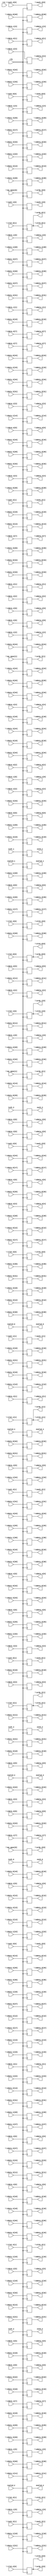
/* Generated by Yosys 0.41+24 (git sha1 165791769, g++ 9.4.0-1ubuntu1~20.04.2 -fPIC -Os) */

module router_bench(\idata_0[0] , \idata_0[1] , \idata_0[2] , \idata_0[3] , \idata_0[4] , \idata_0[5] , \idata_0[6] , \idata_0[7] , \idata_0[8] , \idata_0[9] , \idata_0[10] , \idata_0[11] , \idata_0[12] , \idata_0[13] , \idata_0[14] , \idata_0[15] , \idata_0[16] , \idata_0[17] , \idata_0[18] , \idata_0[19] , \idata_0[20] 
, \idata_0[21] , \idata_0[22] , \idata_0[23] , \idata_0[24] , \idata_0[25] , \idata_0[26] , \idata_0[27] , \idata_0[28] , \idata_0[29] , \idata_0[30] , \idata_0[31] , \idata_0[32] , \idata_0[33] , \idata_0[34] , ivalid_0, ivch_0, \idata_1[0] , \idata_1[1] , \idata_1[2] , \idata_1[3] , \idata_1[4] 
, \idata_1[5] , \idata_1[6] , \idata_1[7] , \idata_1[8] , \idata_1[9] , \idata_1[10] , \idata_1[11] , \idata_1[12] , \idata_1[13] , \idata_1[14] , \idata_1[15] , \idata_1[16] , \idata_1[17] , \idata_1[18] , \idata_1[19] , \idata_1[20] , \idata_1[21] , \idata_1[22] , \idata_1[23] , \idata_1[24] , \idata_1[25] 
, \idata_1[26] , \idata_1[27] , \idata_1[28] , \idata_1[29] , \idata_1[30] , \idata_1[31] , \idata_1[32] , \idata_1[33] , \idata_1[34] , ivalid_1, ivch_1, \idata_2[0] , \idata_2[1] , \idata_2[2] , \idata_2[3] , \idata_2[4] , \idata_2[5] , \idata_2[6] , \idata_2[7] , \idata_2[8] , \idata_2[9] 
, \idata_2[10] , \idata_2[11] , \idata_2[12] , \idata_2[13] , \idata_2[14] , \idata_2[15] , \idata_2[16] , \idata_2[17] , \idata_2[18] , \idata_2[19] , \idata_2[20] , \idata_2[21] , \idata_2[22] , \idata_2[23] , \idata_2[24] , \idata_2[25] , \idata_2[26] , \idata_2[27] , \idata_2[28] , \idata_2[29] , \idata_2[30] 
, \idata_2[31] , \idata_2[32] , \idata_2[33] , \idata_2[34] , ivalid_2, ivch_2, \idata_3[0] , \idata_3[1] , \idata_3[2] , \idata_3[3] , \idata_3[4] , \idata_3[5] , \idata_3[6] , \idata_3[7] , \idata_3[8] , \idata_3[9] , \idata_3[10] , \idata_3[11] , \idata_3[12] , \idata_3[13] , \idata_3[14] 
, \idata_3[15] , \idata_3[16] , \idata_3[17] , \idata_3[18] , \idata_3[19] , \idata_3[20] , \idata_3[21] , \idata_3[22] , \idata_3[23] , \idata_3[24] , \idata_3[25] , \idata_3[26] , \idata_3[27] , \idata_3[28] , \idata_3[29] , \idata_3[30] , \idata_3[31] , \idata_3[32] , \idata_3[33] , \idata_3[34] , ivalid_3
, ivch_3, \idata_4[0] , \idata_4[1] , \idata_4[2] , \idata_4[3] , \idata_4[4] , \idata_4[5] , \idata_4[6] , \idata_4[7] , \idata_4[8] , \idata_4[9] , \idata_4[10] , \idata_4[11] , \idata_4[12] , \idata_4[13] , \idata_4[14] , \idata_4[15] , \idata_4[16] , \idata_4[17] , \idata_4[18] , \idata_4[19] 
, \idata_4[20] , \idata_4[21] , \idata_4[22] , \idata_4[23] , \idata_4[24] , \idata_4[25] , \idata_4[26] , \idata_4[27] , \idata_4[28] , \idata_4[29] , \idata_4[30] , \idata_4[31] , \idata_4[32] , \idata_4[33] , \idata_4[34] , ivalid_4, ivch_4, \iack_0[0] , \iack_0[1] , \ilck_0[0] , \ilck_0[1] 
, \iack_1[0] , \iack_1[1] , \ilck_1[0] , \ilck_1[1] , \iack_2[0] , \iack_2[1] , \ilck_2[0] , \ilck_2[1] , \iack_3[0] , \iack_3[1] , \ilck_3[0] , \ilck_3[1] , \iack_4[0] , \iack_4[1] , \ilck_4[0] , \ilck_4[1] , \my_xpos[0] , \my_xpos[1] , \my_ypos[0] , \my_ypos[1] , clk
, rst_, \oack_0[0] , \oack_0[1] , \ordy_0[0] , \ordy_0[1] , \olck_0[0] , \olck_0[1] , \oack_1[0] , \oack_1[1] , \ordy_1[0] , \ordy_1[1] , \olck_1[0] , \olck_1[1] , \oack_2[0] , \oack_2[1] , \ordy_2[0] , \ordy_2[1] , \olck_2[0] , \olck_2[1] , \oack_3[0] , \oack_3[1] 
, \ordy_3[0] , \ordy_3[1] , \olck_3[0] , \olck_3[1] , \oack_4[0] , \oack_4[1] , \ordy_4[0] , \ordy_4[1] , \olck_4[0] , \olck_4[1] , \odata_0[0] , \odata_0[1] , \odata_0[2] , \odata_0[3] , \odata_0[4] , \odata_0[5] , \odata_0[6] , \odata_0[7] , \odata_0[8] , \odata_0[9] , \odata_0[10] 
, \odata_0[11] , \odata_0[12] , \odata_0[13] , \odata_0[14] , \odata_0[15] , \odata_0[16] , \odata_0[17] , \odata_0[18] , \odata_0[19] , \odata_0[20] , \odata_0[21] , \odata_0[22] , \odata_0[23] , \odata_0[24] , \odata_0[25] , \odata_0[26] , \odata_0[27] , \odata_0[28] , \odata_0[29] , \odata_0[30] , \odata_0[31] 
, \odata_0[32] , \odata_0[33] , \odata_0[34] , ovalid_0, ovch_0, \odata_1[0] , \odata_1[1] , \odata_1[2] , \odata_1[3] , \odata_1[4] , \odata_1[5] , \odata_1[6] , \odata_1[7] , \odata_1[8] , \odata_1[9] , \odata_1[10] , \odata_1[11] , \odata_1[12] , \odata_1[13] , \odata_1[14] , \odata_1[15] 
, \odata_1[16] , \odata_1[17] , \odata_1[18] , \odata_1[19] , \odata_1[20] , \odata_1[21] , \odata_1[22] , \odata_1[23] , \odata_1[24] , \odata_1[25] , \odata_1[26] , \odata_1[27] , \odata_1[28] , \odata_1[29] , \odata_1[30] , \odata_1[31] , \odata_1[32] , \odata_1[33] , \odata_1[34] , ovalid_1, ovch_1
, \odata_2[0] , \odata_2[1] , \odata_2[2] , \odata_2[3] , \odata_2[4] , \odata_2[5] , \odata_2[6] , \odata_2[7] , \odata_2[8] , \odata_2[9] , \odata_2[10] , \odata_2[11] , \odata_2[12] , \odata_2[13] , \odata_2[14] , \odata_2[15] , \odata_2[16] , \odata_2[17] , \odata_2[18] , \odata_2[19] , \odata_2[20] 
, \odata_2[21] , \odata_2[22] , \odata_2[23] , \odata_2[24] , \odata_2[25] , \odata_2[26] , \odata_2[27] , \odata_2[28] , \odata_2[29] , \odata_2[30] , \odata_2[31] , \odata_2[32] , \odata_2[33] , \odata_2[34] , ovalid_2, ovch_2, \odata_3[0] , \odata_3[1] , \odata_3[2] , \odata_3[3] , \odata_3[4] 
, \odata_3[5] , \odata_3[6] , \odata_3[7] , \odata_3[8] , \odata_3[9] , \odata_3[10] , \odata_3[11] , \odata_3[12] , \odata_3[13] , \odata_3[14] , \odata_3[15] , \odata_3[16] , \odata_3[17] , \odata_3[18] , \odata_3[19] , \odata_3[20] , \odata_3[21] , \odata_3[22] , \odata_3[23] , \odata_3[24] , \odata_3[25] 
, \odata_3[26] , \odata_3[27] , \odata_3[28] , \odata_3[29] , \odata_3[30] , \odata_3[31] , \odata_3[32] , \odata_3[33] , \odata_3[34] , ovalid_3, ovch_3, \odata_4[0] , \odata_4[1] , \odata_4[2] , \odata_4[3] , \odata_4[4] , \odata_4[5] , \odata_4[6] , \odata_4[7] , \odata_4[8] , \odata_4[9] 
, \odata_4[10] , \odata_4[11] , \odata_4[12] , \odata_4[13] , \odata_4[14] , \odata_4[15] , \odata_4[16] , \odata_4[17] , \odata_4[18] , \odata_4[19] , \odata_4[20] , \odata_4[21] , \odata_4[22] , \odata_4[23] , \odata_4[24] , \odata_4[25] , \odata_4[26] , \odata_4[27] , \odata_4[28] , \odata_4[29] , \odata_4[30] 
, \odata_4[31] , \odata_4[32] , \odata_4[33] , \odata_4[34] , ovalid_4, ovch_4);
  wire _000_;
  wire _001_;
  wire _002_;
  input clk;
  wire clk;
  input \iack_0[0] ;
  wire \iack_0[0] ;
  input \iack_0[1] ;
  wire \iack_0[1] ;
  input \iack_1[0] ;
  wire \iack_1[0] ;
  input \iack_1[1] ;
  wire \iack_1[1] ;
  input \iack_2[0] ;
  wire \iack_2[0] ;
  input \iack_2[1] ;
  wire \iack_2[1] ;
  input \iack_3[0] ;
  wire \iack_3[0] ;
  input \iack_3[1] ;
  wire \iack_3[1] ;
  input \iack_4[0] ;
  wire \iack_4[0] ;
  input \iack_4[1] ;
  wire \iack_4[1] ;
  input \idata_0[0] ;
  wire \idata_0[0] ;
  input \idata_0[10] ;
  wire \idata_0[10] ;
  input \idata_0[11] ;
  wire \idata_0[11] ;
  input \idata_0[12] ;
  wire \idata_0[12] ;
  input \idata_0[13] ;
  wire \idata_0[13] ;
  input \idata_0[14] ;
  wire \idata_0[14] ;
  input \idata_0[15] ;
  wire \idata_0[15] ;
  input \idata_0[16] ;
  wire \idata_0[16] ;
  input \idata_0[17] ;
  wire \idata_0[17] ;
  input \idata_0[18] ;
  wire \idata_0[18] ;
  input \idata_0[19] ;
  wire \idata_0[19] ;
  input \idata_0[1] ;
  wire \idata_0[1] ;
  input \idata_0[20] ;
  wire \idata_0[20] ;
  input \idata_0[21] ;
  wire \idata_0[21] ;
  input \idata_0[22] ;
  wire \idata_0[22] ;
  input \idata_0[23] ;
  wire \idata_0[23] ;
  input \idata_0[24] ;
  wire \idata_0[24] ;
  input \idata_0[25] ;
  wire \idata_0[25] ;
  input \idata_0[26] ;
  wire \idata_0[26] ;
  input \idata_0[27] ;
  wire \idata_0[27] ;
  input \idata_0[28] ;
  wire \idata_0[28] ;
  input \idata_0[29] ;
  wire \idata_0[29] ;
  input \idata_0[2] ;
  wire \idata_0[2] ;
  input \idata_0[30] ;
  wire \idata_0[30] ;
  input \idata_0[31] ;
  wire \idata_0[31] ;
  input \idata_0[32] ;
  wire \idata_0[32] ;
  input \idata_0[33] ;
  wire \idata_0[33] ;
  input \idata_0[34] ;
  wire \idata_0[34] ;
  input \idata_0[3] ;
  wire \idata_0[3] ;
  input \idata_0[4] ;
  wire \idata_0[4] ;
  input \idata_0[5] ;
  wire \idata_0[5] ;
  input \idata_0[6] ;
  wire \idata_0[6] ;
  input \idata_0[7] ;
  wire \idata_0[7] ;
  input \idata_0[8] ;
  wire \idata_0[8] ;
  input \idata_0[9] ;
  wire \idata_0[9] ;
  input \idata_1[0] ;
  wire \idata_1[0] ;
  input \idata_1[10] ;
  wire \idata_1[10] ;
  input \idata_1[11] ;
  wire \idata_1[11] ;
  input \idata_1[12] ;
  wire \idata_1[12] ;
  input \idata_1[13] ;
  wire \idata_1[13] ;
  input \idata_1[14] ;
  wire \idata_1[14] ;
  input \idata_1[15] ;
  wire \idata_1[15] ;
  input \idata_1[16] ;
  wire \idata_1[16] ;
  input \idata_1[17] ;
  wire \idata_1[17] ;
  input \idata_1[18] ;
  wire \idata_1[18] ;
  input \idata_1[19] ;
  wire \idata_1[19] ;
  input \idata_1[1] ;
  wire \idata_1[1] ;
  input \idata_1[20] ;
  wire \idata_1[20] ;
  input \idata_1[21] ;
  wire \idata_1[21] ;
  input \idata_1[22] ;
  wire \idata_1[22] ;
  input \idata_1[23] ;
  wire \idata_1[23] ;
  input \idata_1[24] ;
  wire \idata_1[24] ;
  input \idata_1[25] ;
  wire \idata_1[25] ;
  input \idata_1[26] ;
  wire \idata_1[26] ;
  input \idata_1[27] ;
  wire \idata_1[27] ;
  input \idata_1[28] ;
  wire \idata_1[28] ;
  input \idata_1[29] ;
  wire \idata_1[29] ;
  input \idata_1[2] ;
  wire \idata_1[2] ;
  input \idata_1[30] ;
  wire \idata_1[30] ;
  input \idata_1[31] ;
  wire \idata_1[31] ;
  input \idata_1[32] ;
  wire \idata_1[32] ;
  input \idata_1[33] ;
  wire \idata_1[33] ;
  input \idata_1[34] ;
  wire \idata_1[34] ;
  input \idata_1[3] ;
  wire \idata_1[3] ;
  input \idata_1[4] ;
  wire \idata_1[4] ;
  input \idata_1[5] ;
  wire \idata_1[5] ;
  input \idata_1[6] ;
  wire \idata_1[6] ;
  input \idata_1[7] ;
  wire \idata_1[7] ;
  input \idata_1[8] ;
  wire \idata_1[8] ;
  input \idata_1[9] ;
  wire \idata_1[9] ;
  input \idata_2[0] ;
  wire \idata_2[0] ;
  input \idata_2[10] ;
  wire \idata_2[10] ;
  input \idata_2[11] ;
  wire \idata_2[11] ;
  input \idata_2[12] ;
  wire \idata_2[12] ;
  input \idata_2[13] ;
  wire \idata_2[13] ;
  input \idata_2[14] ;
  wire \idata_2[14] ;
  input \idata_2[15] ;
  wire \idata_2[15] ;
  input \idata_2[16] ;
  wire \idata_2[16] ;
  input \idata_2[17] ;
  wire \idata_2[17] ;
  input \idata_2[18] ;
  wire \idata_2[18] ;
  input \idata_2[19] ;
  wire \idata_2[19] ;
  input \idata_2[1] ;
  wire \idata_2[1] ;
  input \idata_2[20] ;
  wire \idata_2[20] ;
  input \idata_2[21] ;
  wire \idata_2[21] ;
  input \idata_2[22] ;
  wire \idata_2[22] ;
  input \idata_2[23] ;
  wire \idata_2[23] ;
  input \idata_2[24] ;
  wire \idata_2[24] ;
  input \idata_2[25] ;
  wire \idata_2[25] ;
  input \idata_2[26] ;
  wire \idata_2[26] ;
  input \idata_2[27] ;
  wire \idata_2[27] ;
  input \idata_2[28] ;
  wire \idata_2[28] ;
  input \idata_2[29] ;
  wire \idata_2[29] ;
  input \idata_2[2] ;
  wire \idata_2[2] ;
  input \idata_2[30] ;
  wire \idata_2[30] ;
  input \idata_2[31] ;
  wire \idata_2[31] ;
  input \idata_2[32] ;
  wire \idata_2[32] ;
  input \idata_2[33] ;
  wire \idata_2[33] ;
  input \idata_2[34] ;
  wire \idata_2[34] ;
  input \idata_2[3] ;
  wire \idata_2[3] ;
  input \idata_2[4] ;
  wire \idata_2[4] ;
  input \idata_2[5] ;
  wire \idata_2[5] ;
  input \idata_2[6] ;
  wire \idata_2[6] ;
  input \idata_2[7] ;
  wire \idata_2[7] ;
  input \idata_2[8] ;
  wire \idata_2[8] ;
  input \idata_2[9] ;
  wire \idata_2[9] ;
  input \idata_3[0] ;
  wire \idata_3[0] ;
  input \idata_3[10] ;
  wire \idata_3[10] ;
  input \idata_3[11] ;
  wire \idata_3[11] ;
  input \idata_3[12] ;
  wire \idata_3[12] ;
  input \idata_3[13] ;
  wire \idata_3[13] ;
  input \idata_3[14] ;
  wire \idata_3[14] ;
  input \idata_3[15] ;
  wire \idata_3[15] ;
  input \idata_3[16] ;
  wire \idata_3[16] ;
  input \idata_3[17] ;
  wire \idata_3[17] ;
  input \idata_3[18] ;
  wire \idata_3[18] ;
  input \idata_3[19] ;
  wire \idata_3[19] ;
  input \idata_3[1] ;
  wire \idata_3[1] ;
  input \idata_3[20] ;
  wire \idata_3[20] ;
  input \idata_3[21] ;
  wire \idata_3[21] ;
  input \idata_3[22] ;
  wire \idata_3[22] ;
  input \idata_3[23] ;
  wire \idata_3[23] ;
  input \idata_3[24] ;
  wire \idata_3[24] ;
  input \idata_3[25] ;
  wire \idata_3[25] ;
  input \idata_3[26] ;
  wire \idata_3[26] ;
  input \idata_3[27] ;
  wire \idata_3[27] ;
  input \idata_3[28] ;
  wire \idata_3[28] ;
  input \idata_3[29] ;
  wire \idata_3[29] ;
  input \idata_3[2] ;
  wire \idata_3[2] ;
  input \idata_3[30] ;
  wire \idata_3[30] ;
  input \idata_3[31] ;
  wire \idata_3[31] ;
  input \idata_3[32] ;
  wire \idata_3[32] ;
  input \idata_3[33] ;
  wire \idata_3[33] ;
  input \idata_3[34] ;
  wire \idata_3[34] ;
  input \idata_3[3] ;
  wire \idata_3[3] ;
  input \idata_3[4] ;
  wire \idata_3[4] ;
  input \idata_3[5] ;
  wire \idata_3[5] ;
  input \idata_3[6] ;
  wire \idata_3[6] ;
  input \idata_3[7] ;
  wire \idata_3[7] ;
  input \idata_3[8] ;
  wire \idata_3[8] ;
  input \idata_3[9] ;
  wire \idata_3[9] ;
  input \idata_4[0] ;
  wire \idata_4[0] ;
  input \idata_4[10] ;
  wire \idata_4[10] ;
  input \idata_4[11] ;
  wire \idata_4[11] ;
  input \idata_4[12] ;
  wire \idata_4[12] ;
  input \idata_4[13] ;
  wire \idata_4[13] ;
  input \idata_4[14] ;
  wire \idata_4[14] ;
  input \idata_4[15] ;
  wire \idata_4[15] ;
  input \idata_4[16] ;
  wire \idata_4[16] ;
  input \idata_4[17] ;
  wire \idata_4[17] ;
  input \idata_4[18] ;
  wire \idata_4[18] ;
  input \idata_4[19] ;
  wire \idata_4[19] ;
  input \idata_4[1] ;
  wire \idata_4[1] ;
  input \idata_4[20] ;
  wire \idata_4[20] ;
  input \idata_4[21] ;
  wire \idata_4[21] ;
  input \idata_4[22] ;
  wire \idata_4[22] ;
  input \idata_4[23] ;
  wire \idata_4[23] ;
  input \idata_4[24] ;
  wire \idata_4[24] ;
  input \idata_4[25] ;
  wire \idata_4[25] ;
  input \idata_4[26] ;
  wire \idata_4[26] ;
  input \idata_4[27] ;
  wire \idata_4[27] ;
  input \idata_4[28] ;
  wire \idata_4[28] ;
  input \idata_4[29] ;
  wire \idata_4[29] ;
  input \idata_4[2] ;
  wire \idata_4[2] ;
  input \idata_4[30] ;
  wire \idata_4[30] ;
  input \idata_4[31] ;
  wire \idata_4[31] ;
  input \idata_4[32] ;
  wire \idata_4[32] ;
  input \idata_4[33] ;
  wire \idata_4[33] ;
  input \idata_4[34] ;
  wire \idata_4[34] ;
  input \idata_4[3] ;
  wire \idata_4[3] ;
  input \idata_4[4] ;
  wire \idata_4[4] ;
  input \idata_4[5] ;
  wire \idata_4[5] ;
  input \idata_4[6] ;
  wire \idata_4[6] ;
  input \idata_4[7] ;
  wire \idata_4[7] ;
  input \idata_4[8] ;
  wire \idata_4[8] ;
  input \idata_4[9] ;
  wire \idata_4[9] ;
  input \ilck_0[0] ;
  wire \ilck_0[0] ;
  input \ilck_0[1] ;
  wire \ilck_0[1] ;
  input \ilck_1[0] ;
  wire \ilck_1[0] ;
  input \ilck_1[1] ;
  wire \ilck_1[1] ;
  input \ilck_2[0] ;
  wire \ilck_2[0] ;
  input \ilck_2[1] ;
  wire \ilck_2[1] ;
  input \ilck_3[0] ;
  wire \ilck_3[0] ;
  input \ilck_3[1] ;
  wire \ilck_3[1] ;
  input \ilck_4[0] ;
  wire \ilck_4[0] ;
  input \ilck_4[1] ;
  wire \ilck_4[1] ;
  input ivalid_0;
  wire ivalid_0;
  input ivalid_1;
  wire ivalid_1;
  input ivalid_2;
  wire ivalid_2;
  input ivalid_3;
  wire ivalid_3;
  input ivalid_4;
  wire ivalid_4;
  input ivch_0;
  wire ivch_0;
  input ivch_1;
  wire ivch_1;
  input ivch_2;
  wire ivch_2;
  input ivch_3;
  wire ivch_3;
  input ivch_4;
  wire ivch_4;
  input \my_xpos[0] ;
  wire \my_xpos[0] ;
  input \my_xpos[1] ;
  wire \my_xpos[1] ;
  input \my_ypos[0] ;
  wire \my_ypos[0] ;
  input \my_ypos[1] ;
  wire \my_ypos[1] ;
  output \oack_0[0] ;
  reg \oack_0[0] ;
  output \oack_0[1] ;
  reg \oack_0[1] ;
  output \oack_1[0] ;
  reg \oack_1[0] ;
  output \oack_1[1] ;
  reg \oack_1[1] ;
  output \oack_2[0] ;
  reg \oack_2[0] ;
  output \oack_2[1] ;
  reg \oack_2[1] ;
  output \oack_3[0] ;
  reg \oack_3[0] ;
  output \oack_3[1] ;
  reg \oack_3[1] ;
  output \oack_4[0] ;
  reg \oack_4[0] ;
  output \oack_4[1] ;
  reg \oack_4[1] ;
  output \odata_0[0] ;
  reg \odata_0[0] ;
  output \odata_0[10] ;
  reg \odata_0[10] ;
  output \odata_0[11] ;
  reg \odata_0[11] ;
  output \odata_0[12] ;
  reg \odata_0[12] ;
  output \odata_0[13] ;
  reg \odata_0[13] ;
  output \odata_0[14] ;
  reg \odata_0[14] ;
  output \odata_0[15] ;
  reg \odata_0[15] ;
  output \odata_0[16] ;
  reg \odata_0[16] ;
  output \odata_0[17] ;
  reg \odata_0[17] ;
  output \odata_0[18] ;
  reg \odata_0[18] ;
  output \odata_0[19] ;
  reg \odata_0[19] ;
  output \odata_0[1] ;
  reg \odata_0[1] ;
  output \odata_0[20] ;
  reg \odata_0[20] ;
  output \odata_0[21] ;
  reg \odata_0[21] ;
  output \odata_0[22] ;
  reg \odata_0[22] ;
  output \odata_0[23] ;
  reg \odata_0[23] ;
  output \odata_0[24] ;
  reg \odata_0[24] ;
  output \odata_0[25] ;
  reg \odata_0[25] ;
  output \odata_0[26] ;
  reg \odata_0[26] ;
  output \odata_0[27] ;
  reg \odata_0[27] ;
  output \odata_0[28] ;
  reg \odata_0[28] ;
  output \odata_0[29] ;
  reg \odata_0[29] ;
  output \odata_0[2] ;
  reg \odata_0[2] ;
  output \odata_0[30] ;
  reg \odata_0[30] ;
  output \odata_0[31] ;
  reg \odata_0[31] ;
  output \odata_0[32] ;
  reg \odata_0[32] ;
  output \odata_0[33] ;
  reg \odata_0[33] ;
  output \odata_0[34] ;
  reg \odata_0[34] ;
  output \odata_0[3] ;
  reg \odata_0[3] ;
  output \odata_0[4] ;
  reg \odata_0[4] ;
  output \odata_0[5] ;
  reg \odata_0[5] ;
  output \odata_0[6] ;
  reg \odata_0[6] ;
  output \odata_0[7] ;
  reg \odata_0[7] ;
  output \odata_0[8] ;
  reg \odata_0[8] ;
  output \odata_0[9] ;
  reg \odata_0[9] ;
  output \odata_1[0] ;
  reg \odata_1[0] ;
  output \odata_1[10] ;
  reg \odata_1[10] ;
  output \odata_1[11] ;
  reg \odata_1[11] ;
  output \odata_1[12] ;
  reg \odata_1[12] ;
  output \odata_1[13] ;
  reg \odata_1[13] ;
  output \odata_1[14] ;
  reg \odata_1[14] ;
  output \odata_1[15] ;
  reg \odata_1[15] ;
  output \odata_1[16] ;
  reg \odata_1[16] ;
  output \odata_1[17] ;
  reg \odata_1[17] ;
  output \odata_1[18] ;
  reg \odata_1[18] ;
  output \odata_1[19] ;
  reg \odata_1[19] ;
  output \odata_1[1] ;
  reg \odata_1[1] ;
  output \odata_1[20] ;
  reg \odata_1[20] ;
  output \odata_1[21] ;
  reg \odata_1[21] ;
  output \odata_1[22] ;
  reg \odata_1[22] ;
  output \odata_1[23] ;
  reg \odata_1[23] ;
  output \odata_1[24] ;
  reg \odata_1[24] ;
  output \odata_1[25] ;
  reg \odata_1[25] ;
  output \odata_1[26] ;
  reg \odata_1[26] ;
  output \odata_1[27] ;
  reg \odata_1[27] ;
  output \odata_1[28] ;
  reg \odata_1[28] ;
  output \odata_1[29] ;
  reg \odata_1[29] ;
  output \odata_1[2] ;
  reg \odata_1[2] ;
  output \odata_1[30] ;
  reg \odata_1[30] ;
  output \odata_1[31] ;
  reg \odata_1[31] ;
  output \odata_1[32] ;
  reg \odata_1[32] ;
  output \odata_1[33] ;
  reg \odata_1[33] ;
  output \odata_1[34] ;
  reg \odata_1[34] ;
  output \odata_1[3] ;
  reg \odata_1[3] ;
  output \odata_1[4] ;
  reg \odata_1[4] ;
  output \odata_1[5] ;
  reg \odata_1[5] ;
  output \odata_1[6] ;
  reg \odata_1[6] ;
  output \odata_1[7] ;
  reg \odata_1[7] ;
  output \odata_1[8] ;
  reg \odata_1[8] ;
  output \odata_1[9] ;
  reg \odata_1[9] ;
  output \odata_2[0] ;
  reg \odata_2[0] ;
  output \odata_2[10] ;
  reg \odata_2[10] ;
  output \odata_2[11] ;
  reg \odata_2[11] ;
  output \odata_2[12] ;
  reg \odata_2[12] ;
  output \odata_2[13] ;
  reg \odata_2[13] ;
  output \odata_2[14] ;
  reg \odata_2[14] ;
  output \odata_2[15] ;
  reg \odata_2[15] ;
  output \odata_2[16] ;
  reg \odata_2[16] ;
  output \odata_2[17] ;
  reg \odata_2[17] ;
  output \odata_2[18] ;
  reg \odata_2[18] ;
  output \odata_2[19] ;
  reg \odata_2[19] ;
  output \odata_2[1] ;
  reg \odata_2[1] ;
  output \odata_2[20] ;
  reg \odata_2[20] ;
  output \odata_2[21] ;
  reg \odata_2[21] ;
  output \odata_2[22] ;
  reg \odata_2[22] ;
  output \odata_2[23] ;
  reg \odata_2[23] ;
  output \odata_2[24] ;
  reg \odata_2[24] ;
  output \odata_2[25] ;
  reg \odata_2[25] ;
  output \odata_2[26] ;
  reg \odata_2[26] ;
  output \odata_2[27] ;
  reg \odata_2[27] ;
  output \odata_2[28] ;
  reg \odata_2[28] ;
  output \odata_2[29] ;
  reg \odata_2[29] ;
  output \odata_2[2] ;
  reg \odata_2[2] ;
  output \odata_2[30] ;
  reg \odata_2[30] ;
  output \odata_2[31] ;
  reg \odata_2[31] ;
  output \odata_2[32] ;
  reg \odata_2[32] ;
  output \odata_2[33] ;
  reg \odata_2[33] ;
  output \odata_2[34] ;
  reg \odata_2[34] ;
  output \odata_2[3] ;
  reg \odata_2[3] ;
  output \odata_2[4] ;
  reg \odata_2[4] ;
  output \odata_2[5] ;
  reg \odata_2[5] ;
  output \odata_2[6] ;
  reg \odata_2[6] ;
  output \odata_2[7] ;
  reg \odata_2[7] ;
  output \odata_2[8] ;
  reg \odata_2[8] ;
  output \odata_2[9] ;
  reg \odata_2[9] ;
  output \odata_3[0] ;
  reg \odata_3[0] ;
  output \odata_3[10] ;
  reg \odata_3[10] ;
  output \odata_3[11] ;
  reg \odata_3[11] ;
  output \odata_3[12] ;
  reg \odata_3[12] ;
  output \odata_3[13] ;
  reg \odata_3[13] ;
  output \odata_3[14] ;
  reg \odata_3[14] ;
  output \odata_3[15] ;
  reg \odata_3[15] ;
  output \odata_3[16] ;
  reg \odata_3[16] ;
  output \odata_3[17] ;
  reg \odata_3[17] ;
  output \odata_3[18] ;
  reg \odata_3[18] ;
  output \odata_3[19] ;
  reg \odata_3[19] ;
  output \odata_3[1] ;
  reg \odata_3[1] ;
  output \odata_3[20] ;
  reg \odata_3[20] ;
  output \odata_3[21] ;
  reg \odata_3[21] ;
  output \odata_3[22] ;
  reg \odata_3[22] ;
  output \odata_3[23] ;
  reg \odata_3[23] ;
  output \odata_3[24] ;
  reg \odata_3[24] ;
  output \odata_3[25] ;
  reg \odata_3[25] ;
  output \odata_3[26] ;
  reg \odata_3[26] ;
  output \odata_3[27] ;
  reg \odata_3[27] ;
  output \odata_3[28] ;
  reg \odata_3[28] ;
  output \odata_3[29] ;
  reg \odata_3[29] ;
  output \odata_3[2] ;
  reg \odata_3[2] ;
  output \odata_3[30] ;
  reg \odata_3[30] ;
  output \odata_3[31] ;
  reg \odata_3[31] ;
  output \odata_3[32] ;
  reg \odata_3[32] ;
  output \odata_3[33] ;
  reg \odata_3[33] ;
  output \odata_3[34] ;
  reg \odata_3[34] ;
  output \odata_3[3] ;
  reg \odata_3[3] ;
  output \odata_3[4] ;
  reg \odata_3[4] ;
  output \odata_3[5] ;
  reg \odata_3[5] ;
  output \odata_3[6] ;
  reg \odata_3[6] ;
  output \odata_3[7] ;
  reg \odata_3[7] ;
  output \odata_3[8] ;
  reg \odata_3[8] ;
  output \odata_3[9] ;
  reg \odata_3[9] ;
  output \odata_4[0] ;
  reg \odata_4[0] ;
  output \odata_4[10] ;
  reg \odata_4[10] ;
  output \odata_4[11] ;
  reg \odata_4[11] ;
  output \odata_4[12] ;
  reg \odata_4[12] ;
  output \odata_4[13] ;
  reg \odata_4[13] ;
  output \odata_4[14] ;
  reg \odata_4[14] ;
  output \odata_4[15] ;
  reg \odata_4[15] ;
  output \odata_4[16] ;
  reg \odata_4[16] ;
  output \odata_4[17] ;
  reg \odata_4[17] ;
  output \odata_4[18] ;
  reg \odata_4[18] ;
  output \odata_4[19] ;
  reg \odata_4[19] ;
  output \odata_4[1] ;
  reg \odata_4[1] ;
  output \odata_4[20] ;
  reg \odata_4[20] ;
  output \odata_4[21] ;
  reg \odata_4[21] ;
  output \odata_4[22] ;
  reg \odata_4[22] ;
  output \odata_4[23] ;
  reg \odata_4[23] ;
  output \odata_4[24] ;
  reg \odata_4[24] ;
  output \odata_4[25] ;
  reg \odata_4[25] ;
  output \odata_4[26] ;
  reg \odata_4[26] ;
  output \odata_4[27] ;
  reg \odata_4[27] ;
  output \odata_4[28] ;
  reg \odata_4[28] ;
  output \odata_4[29] ;
  reg \odata_4[29] ;
  output \odata_4[2] ;
  reg \odata_4[2] ;
  output \odata_4[30] ;
  reg \odata_4[30] ;
  output \odata_4[31] ;
  reg \odata_4[31] ;
  output \odata_4[32] ;
  reg \odata_4[32] ;
  output \odata_4[33] ;
  reg \odata_4[33] ;
  output \odata_4[34] ;
  reg \odata_4[34] ;
  output \odata_4[3] ;
  reg \odata_4[3] ;
  output \odata_4[4] ;
  reg \odata_4[4] ;
  output \odata_4[5] ;
  reg \odata_4[5] ;
  output \odata_4[6] ;
  reg \odata_4[6] ;
  output \odata_4[7] ;
  reg \odata_4[7] ;
  output \odata_4[8] ;
  reg \odata_4[8] ;
  output \odata_4[9] ;
  reg \odata_4[9] ;
  output \olck_0[0] ;
  reg \olck_0[0] ;
  output \olck_0[1] ;
  reg \olck_0[1] ;
  output \olck_1[0] ;
  reg \olck_1[0] ;
  output \olck_1[1] ;
  reg \olck_1[1] ;
  output \olck_2[0] ;
  reg \olck_2[0] ;
  output \olck_2[1] ;
  reg \olck_2[1] ;
  output \olck_3[0] ;
  reg \olck_3[0] ;
  output \olck_3[1] ;
  reg \olck_3[1] ;
  output \olck_4[0] ;
  reg \olck_4[0] ;
  output \olck_4[1] ;
  reg \olck_4[1] ;
  output \ordy_0[0] ;
  wire \ordy_0[0] ;
  output \ordy_0[1] ;
  wire \ordy_0[1] ;
  output \ordy_1[0] ;
  wire \ordy_1[0] ;
  output \ordy_1[1] ;
  wire \ordy_1[1] ;
  output \ordy_2[0] ;
  wire \ordy_2[0] ;
  output \ordy_2[1] ;
  wire \ordy_2[1] ;
  output \ordy_3[0] ;
  reg \ordy_3[0] ;
  output \ordy_3[1] ;
  reg \ordy_3[1] ;
  output \ordy_4[0] ;
  reg \ordy_4[0] ;
  output \ordy_4[1] ;
  reg \ordy_4[1] ;
  output ovalid_0;
  reg ovalid_0;
  output ovalid_1;
  reg ovalid_1;
  output ovalid_2;
  reg ovalid_2;
  output ovalid_3;
  reg ovalid_3;
  output ovalid_4;
  reg ovalid_4;
  output ovch_0;
  reg ovch_0;
  output ovch_1;
  reg ovch_1;
  output ovch_2;
  reg ovch_2;
  output ovch_3;
  reg ovch_3;
  output ovch_4;
  reg ovch_4;
  input rst_;
  wire rst_;
  always @(posedge clk)
    ovch_4 <= ivch_4;
  always @(posedge clk)
    \odata_4[7]  <= \idata_4[7] ;
  always @(posedge clk)
    \odata_2[23]  <= \idata_2[23] ;
  always @(posedge clk)
    \odata_2[24]  <= \idata_2[24] ;
  always @(posedge clk)
    \odata_2[25]  <= \idata_2[25] ;
  always @(posedge clk)
    \odata_2[26]  <= \idata_2[26] ;
  always @(posedge clk)
    \odata_2[27]  <= \idata_2[27] ;
  always @(posedge clk)
    \odata_2[28]  <= \idata_2[28] ;
  always @(posedge clk)
    \odata_2[29]  <= \idata_2[29] ;
  always @(posedge clk)
    \odata_2[30]  <= \idata_2[30] ;
  always @(posedge clk)
    \odata_2[31]  <= \idata_2[31] ;
  always @(posedge clk)
    \odata_2[32]  <= \idata_2[32] ;
  always @(posedge clk)
    \odata_4[8]  <= \idata_4[8] ;
  always @(posedge clk)
    \odata_2[33]  <= \idata_2[33] ;
  always @(posedge clk)
    \odata_2[34]  <= \idata_2[34] ;
  always @(posedge clk)
    ovch_1 <= ivch_1;
  always @(posedge clk)
    ovalid_1 <= ivalid_1;
  always @(posedge clk)
    \odata_1[0]  <= \idata_1[0] ;
  always @(posedge clk)
    \odata_1[1]  <= \idata_1[1] ;
  always @(posedge clk)
    \odata_1[2]  <= \idata_1[2] ;
  always @(posedge clk)
    \odata_1[3]  <= \idata_1[3] ;
  always @(posedge clk)
    \odata_1[4]  <= \idata_1[4] ;
  always @(posedge clk)
    \odata_1[5]  <= \idata_1[5] ;
  always @(posedge clk)
    \odata_4[9]  <= \idata_4[9] ;
  always @(posedge clk)
    \odata_1[6]  <= \idata_1[6] ;
  always @(posedge clk)
    \odata_1[7]  <= \idata_1[7] ;
  always @(posedge clk)
    \odata_1[8]  <= \idata_1[8] ;
  always @(posedge clk)
    \odata_1[9]  <= \idata_1[9] ;
  always @(posedge clk)
    \odata_1[10]  <= \idata_1[10] ;
  always @(posedge clk)
    \odata_1[11]  <= \idata_1[11] ;
  always @(posedge clk)
    \odata_1[12]  <= \idata_1[12] ;
  always @(posedge clk)
    \odata_1[13]  <= \idata_1[13] ;
  always @(posedge clk)
    \odata_1[14]  <= \idata_1[14] ;
  always @(posedge clk)
    \odata_1[15]  <= \idata_1[15] ;
  always @(posedge clk)
    \odata_4[10]  <= \idata_4[10] ;
  always @(posedge clk)
    \odata_1[16]  <= \idata_1[16] ;
  always @(posedge clk)
    \odata_1[17]  <= \idata_1[17] ;
  always @(posedge clk)
    \odata_1[18]  <= \idata_1[18] ;
  always @(posedge clk)
    \odata_1[19]  <= \idata_1[19] ;
  always @(posedge clk)
    \odata_1[20]  <= \idata_1[20] ;
  always @(posedge clk)
    \odata_1[21]  <= \idata_1[21] ;
  always @(posedge clk)
    \odata_1[22]  <= \idata_1[22] ;
  always @(posedge clk)
    \odata_1[23]  <= \idata_1[23] ;
  always @(posedge clk)
    \odata_1[24]  <= \idata_1[24] ;
  always @(posedge clk)
    \odata_1[25]  <= \idata_1[25] ;
  always @(posedge clk)
    \odata_4[11]  <= \idata_4[11] ;
  always @(posedge clk)
    \odata_1[26]  <= \idata_1[26] ;
  always @(posedge clk)
    \odata_1[27]  <= \idata_1[27] ;
  always @(posedge clk)
    \odata_1[28]  <= \idata_1[28] ;
  always @(posedge clk)
    \odata_1[29]  <= \idata_1[29] ;
  always @(posedge clk)
    \odata_1[30]  <= \idata_1[30] ;
  always @(posedge clk)
    \odata_1[31]  <= \idata_1[31] ;
  always @(posedge clk)
    \odata_1[32]  <= \idata_1[32] ;
  always @(posedge clk)
    \odata_1[33]  <= \idata_1[33] ;
  always @(posedge clk)
    \odata_1[34]  <= \idata_1[34] ;
  always @(posedge clk)
    ovch_0 <= ivch_0;
  always @(posedge clk)
    \odata_4[12]  <= \idata_4[12] ;
  always @(posedge clk)
    ovalid_0 <= ivalid_0;
  always @(posedge clk)
    \odata_0[0]  <= \idata_0[0] ;
  always @(posedge clk)
    \odata_0[1]  <= \idata_0[1] ;
  always @(posedge clk)
    \odata_0[2]  <= \idata_0[2] ;
  always @(posedge clk)
    \odata_0[3]  <= \idata_0[3] ;
  always @(posedge clk)
    \odata_0[4]  <= \idata_0[4] ;
  always @(posedge clk)
    \odata_0[5]  <= \idata_0[5] ;
  always @(posedge clk)
    \odata_0[6]  <= \idata_0[6] ;
  always @(posedge clk)
    \odata_0[7]  <= \idata_0[7] ;
  always @(posedge clk)
    \odata_0[8]  <= \idata_0[8] ;
  always @(posedge clk)
    \odata_4[13]  <= \idata_4[13] ;
  always @(posedge clk)
    \odata_0[9]  <= \idata_0[9] ;
  always @(posedge clk)
    \odata_0[10]  <= \idata_0[10] ;
  always @(posedge clk)
    \odata_0[11]  <= \idata_0[11] ;
  always @(posedge clk)
    \odata_0[12]  <= \idata_0[12] ;
  always @(posedge clk)
    \odata_0[13]  <= \idata_0[13] ;
  always @(posedge clk)
    \odata_0[14]  <= \idata_0[14] ;
  always @(posedge clk)
    \odata_0[15]  <= \idata_0[15] ;
  always @(posedge clk)
    \odata_0[16]  <= \idata_0[16] ;
  always @(posedge clk)
    \odata_0[17]  <= \idata_0[17] ;
  always @(posedge clk)
    \odata_0[18]  <= \idata_0[18] ;
  always @(posedge clk)
    \odata_4[14]  <= \idata_4[14] ;
  always @(posedge clk)
    \odata_0[19]  <= \idata_0[19] ;
  always @(posedge clk)
    \odata_0[20]  <= \idata_0[20] ;
  always @(posedge clk)
    \odata_0[21]  <= \idata_0[21] ;
  always @(posedge clk)
    \odata_0[22]  <= \idata_0[22] ;
  always @(posedge clk)
    \odata_0[23]  <= \idata_0[23] ;
  always @(posedge clk)
    \odata_0[24]  <= \idata_0[24] ;
  always @(posedge clk)
    \odata_0[25]  <= \idata_0[25] ;
  always @(posedge clk)
    \odata_0[26]  <= \idata_0[26] ;
  always @(posedge clk)
    \odata_0[27]  <= \idata_0[27] ;
  always @(posedge clk)
    \odata_0[28]  <= \idata_0[28] ;
  always @(posedge clk)
    \odata_4[15]  <= \idata_4[15] ;
  always @(posedge clk)
    \odata_0[29]  <= \idata_0[29] ;
  always @(posedge clk)
    \odata_0[30]  <= \idata_0[30] ;
  always @(posedge clk)
    \odata_0[31]  <= \idata_0[31] ;
  always @(posedge clk)
    \odata_0[32]  <= \idata_0[32] ;
  always @(posedge clk)
    \odata_0[33]  <= \idata_0[33] ;
  always @(posedge clk)
    \odata_0[34]  <= \idata_0[34] ;
  always @(posedge clk)
    \olck_4[0]  <= \ilck_4[0] ;
  always @(posedge clk)
    \olck_4[1]  <= \ilck_4[1] ;
  always @(posedge clk)
    \ordy_4[0]  <= \my_ypos[0] ;
  always @(posedge clk)
    \ordy_4[1]  <= \my_ypos[1] ;
  always @(posedge clk)
    \odata_4[16]  <= \idata_4[16] ;
  always @(posedge clk)
    \oack_4[0]  <= \iack_4[0] ;
  always @(posedge clk)
    \oack_4[1]  <= \iack_4[1] ;
  always @(posedge clk)
    \olck_3[0]  <= \ilck_3[0] ;
  always @(posedge clk)
    \olck_3[1]  <= \ilck_3[1] ;
  always @(posedge clk)
    \ordy_3[0]  <= \my_xpos[0] ;
  always @(posedge clk)
    \ordy_3[1]  <= \my_xpos[1] ;
  always @(posedge clk)
    \oack_3[0]  <= \iack_3[0] ;
  always @(posedge clk)
    \oack_3[1]  <= \iack_3[1] ;
  always @(posedge clk)
    \olck_2[0]  <= \ilck_2[0] ;
  always @(posedge clk)
    \olck_2[1]  <= \ilck_2[1] ;
  always @(posedge clk)
    ovalid_4 <= ivalid_4;
  always @(posedge clk)
    \odata_4[17]  <= \idata_4[17] ;
  always @(posedge clk)
    \oack_2[0]  <= \iack_2[0] ;
  always @(posedge clk)
    \oack_2[1]  <= \iack_2[1] ;
  always @(posedge clk)
    \olck_1[0]  <= \ilck_1[0] ;
  always @(posedge clk)
    \olck_1[1]  <= \ilck_1[1] ;
  always @(posedge clk)
    \oack_1[0]  <= \iack_1[0] ;
  always @(posedge clk)
    \oack_1[1]  <= \iack_1[1] ;
  always @(posedge clk)
    \olck_0[0]  <= \ilck_0[0] ;
  always @(posedge clk)
    \olck_0[1]  <= \ilck_0[1] ;
  always @(posedge clk)
    \oack_0[0]  <= \iack_0[0] ;
  always @(posedge clk)
    \oack_0[1]  <= \iack_0[1] ;
  always @(posedge clk)
    \odata_4[18]  <= \idata_4[18] ;
  always @(posedge clk)
    \odata_4[19]  <= \idata_4[19] ;
  always @(posedge clk)
    \odata_4[20]  <= \idata_4[20] ;
  always @(posedge clk)
    \odata_4[21]  <= \idata_4[21] ;
  always @(posedge clk)
    \odata_4[22]  <= \idata_4[22] ;
  always @(posedge clk)
    \odata_4[23]  <= \idata_4[23] ;
  always @(posedge clk)
    \odata_4[24]  <= \idata_4[24] ;
  always @(posedge clk)
    \odata_4[25]  <= \idata_4[25] ;
  always @(posedge clk)
    \odata_4[26]  <= \idata_4[26] ;
  always @(posedge clk)
    \odata_4[0]  <= \idata_4[0] ;
  always @(posedge clk)
    \odata_4[27]  <= \idata_4[27] ;
  always @(posedge clk)
    \odata_4[28]  <= \idata_4[28] ;
  always @(posedge clk)
    \odata_4[29]  <= \idata_4[29] ;
  always @(posedge clk)
    \odata_4[30]  <= \idata_4[30] ;
  always @(posedge clk)
    \odata_4[31]  <= \idata_4[31] ;
  always @(posedge clk)
    \odata_4[32]  <= \idata_4[32] ;
  always @(posedge clk)
    \odata_4[33]  <= \idata_4[33] ;
  always @(posedge clk)
    \odata_4[34]  <= \idata_4[34] ;
  always @(posedge clk)
    ovch_3 <= ivch_3;
  always @(posedge clk)
    ovalid_3 <= ivalid_3;
  always @(posedge clk)
    \odata_4[1]  <= \idata_4[1] ;
  always @(posedge clk)
    \odata_3[0]  <= \idata_3[0] ;
  always @(posedge clk)
    \odata_3[1]  <= \idata_3[1] ;
  always @(posedge clk)
    \odata_3[2]  <= \idata_3[2] ;
  always @(posedge clk)
    \odata_3[3]  <= \idata_3[3] ;
  always @(posedge clk)
    \odata_3[4]  <= \idata_3[4] ;
  always @(posedge clk)
    \odata_3[5]  <= \idata_3[5] ;
  always @(posedge clk)
    \odata_3[6]  <= \idata_3[6] ;
  always @(posedge clk)
    \odata_3[7]  <= \idata_3[7] ;
  always @(posedge clk)
    \odata_3[8]  <= \idata_3[8] ;
  always @(posedge clk)
    \odata_3[9]  <= \idata_3[9] ;
  always @(posedge clk)
    \odata_4[2]  <= \idata_4[2] ;
  always @(posedge clk)
    \odata_3[10]  <= \idata_3[10] ;
  always @(posedge clk)
    \odata_3[11]  <= \idata_3[11] ;
  always @(posedge clk)
    \odata_3[12]  <= \idata_3[12] ;
  always @(posedge clk)
    \odata_3[13]  <= \idata_3[13] ;
  always @(posedge clk)
    \odata_3[14]  <= \idata_3[14] ;
  always @(posedge clk)
    \odata_3[15]  <= \idata_3[15] ;
  always @(posedge clk)
    \odata_3[16]  <= \idata_3[16] ;
  always @(posedge clk)
    \odata_3[17]  <= \idata_3[17] ;
  always @(posedge clk)
    \odata_3[18]  <= \idata_3[18] ;
  always @(posedge clk)
    \odata_3[19]  <= \idata_3[19] ;
  always @(posedge clk)
    \odata_4[3]  <= \idata_4[3] ;
  always @(posedge clk)
    \odata_3[20]  <= \idata_3[20] ;
  always @(posedge clk)
    \odata_3[21]  <= \idata_3[21] ;
  always @(posedge clk)
    \odata_3[22]  <= \idata_3[22] ;
  always @(posedge clk)
    \odata_3[23]  <= \idata_3[23] ;
  always @(posedge clk)
    \odata_3[24]  <= \idata_3[24] ;
  always @(posedge clk)
    \odata_3[25]  <= \idata_3[25] ;
  always @(posedge clk)
    \odata_3[26]  <= \idata_3[26] ;
  always @(posedge clk)
    \odata_3[27]  <= \idata_3[27] ;
  always @(posedge clk)
    \odata_3[28]  <= \idata_3[28] ;
  always @(posedge clk)
    \odata_3[29]  <= \idata_3[29] ;
  always @(posedge clk)
    \odata_4[4]  <= \idata_4[4] ;
  always @(posedge clk)
    \odata_3[30]  <= \idata_3[30] ;
  always @(posedge clk)
    \odata_3[31]  <= \idata_3[31] ;
  always @(posedge clk)
    \odata_3[32]  <= \idata_3[32] ;
  always @(posedge clk)
    \odata_3[33]  <= \idata_3[33] ;
  always @(posedge clk)
    \odata_3[34]  <= \idata_3[34] ;
  always @(posedge clk)
    ovch_2 <= ivch_2;
  always @(posedge clk)
    ovalid_2 <= ivalid_2;
  always @(posedge clk)
    \odata_2[0]  <= \idata_2[0] ;
  always @(posedge clk)
    \odata_2[1]  <= \idata_2[1] ;
  always @(posedge clk)
    \odata_2[2]  <= \idata_2[2] ;
  always @(posedge clk)
    \odata_4[5]  <= \idata_4[5] ;
  always @(posedge clk)
    \odata_2[3]  <= \idata_2[3] ;
  always @(posedge clk)
    \odata_2[4]  <= \idata_2[4] ;
  always @(posedge clk)
    \odata_2[5]  <= \idata_2[5] ;
  always @(posedge clk)
    \odata_2[6]  <= \idata_2[6] ;
  always @(posedge clk)
    \odata_2[7]  <= \idata_2[7] ;
  always @(posedge clk)
    \odata_2[8]  <= \idata_2[8] ;
  always @(posedge clk)
    \odata_2[9]  <= \idata_2[9] ;
  always @(posedge clk)
    \odata_2[10]  <= \idata_2[10] ;
  always @(posedge clk)
    \odata_2[11]  <= \idata_2[11] ;
  always @(posedge clk)
    \odata_2[12]  <= \idata_2[12] ;
  always @(posedge clk)
    \odata_4[6]  <= \idata_4[6] ;
  always @(posedge clk)
    \odata_2[13]  <= \idata_2[13] ;
  always @(posedge clk)
    \odata_2[14]  <= \idata_2[14] ;
  always @(posedge clk)
    \odata_2[15]  <= \idata_2[15] ;
  always @(posedge clk)
    \odata_2[16]  <= \idata_2[16] ;
  always @(posedge clk)
    \odata_2[17]  <= \idata_2[17] ;
  always @(posedge clk)
    \odata_2[18]  <= \idata_2[18] ;
  always @(posedge clk)
    \odata_2[19]  <= \idata_2[19] ;
  always @(posedge clk)
    \odata_2[20]  <= \idata_2[20] ;
  always @(posedge clk)
    \odata_2[21]  <= \idata_2[21] ;
  always @(posedge clk)
    \odata_2[22]  <= \idata_2[22] ;
  assign _000_ = 1'h0;
  assign _001_ = 1'h1;
  assign _002_ = 1'hx;
  assign \ordy_0[1]  = \olck_0[1] ;
  assign \ordy_0[0]  = \olck_0[0] ;
  assign \ordy_1[1]  = \olck_1[1] ;
  assign \ordy_1[0]  = \olck_1[0] ;
  assign \ordy_2[1]  = \olck_2[1] ;
  assign \ordy_2[0]  = \olck_2[0] ;
endmodule